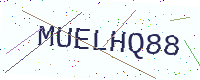
Text: MUELHQ88